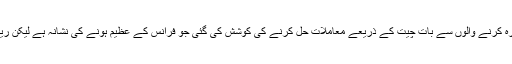
فرانسیسی صدر ایمینئول میکرون کا کہنا ہے کہ مظاہرہ کرنے والوں سے بات چیت کے ذریعے معاملات حل کرنے کی کوشش کی گئی جو فرانس کے عظیم ہونے کی نشانہ ہے لیکن ریاست کے خلاف کوئی عمل برداشت نہیں کیا جائے گا۔